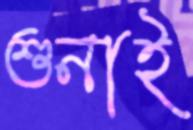
শুনাই